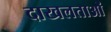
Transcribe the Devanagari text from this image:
दाखलताओं